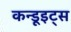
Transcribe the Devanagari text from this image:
कन्डूइट्स